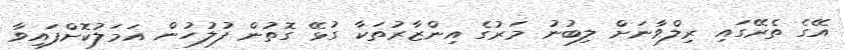
އޭގެ ތެރޭގައި ރިލްވާނަށް ލިބުނު މަރުގެ އިންޒާރުތަކާ ގުޅޭ ގޮތުން ފުލުހުން އަމަލުކޮށްފައިވާ